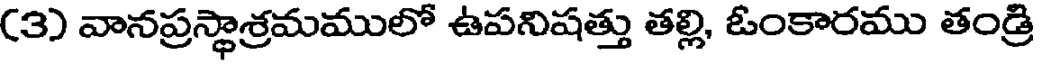
(3) వానప్రస్థాశ్రమములో ఉపనిషత్తు తల్లి, ఓంకారము తండ్రి